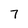
Character: 7